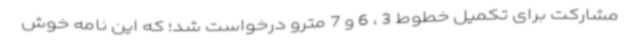
مشارکت برای تکمیل خطوط 3 ، 6 و 7 مترو درخواست شد؛ که این نامه خوش